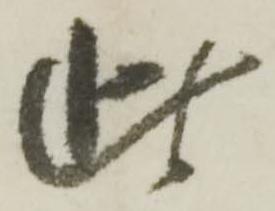
此